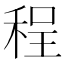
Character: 程